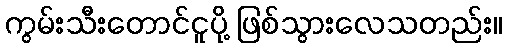
ကွမ်းသီးတောင်ငူပို့ ဖြစ်သွားလေသတည်း။